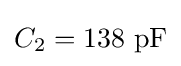
C_{2}=138\ \mathrm {pF}